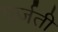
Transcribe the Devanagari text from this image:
पर्जती